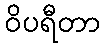
ဝိပရီတာ